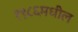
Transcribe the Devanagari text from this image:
१९८६मधील